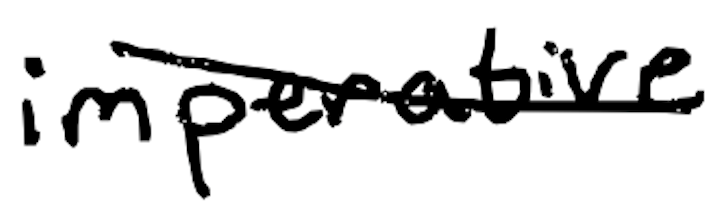
Text: imperative.
Cross-out: diagonal
Writing tool: digital_black